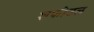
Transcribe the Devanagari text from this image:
शफीउल